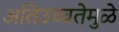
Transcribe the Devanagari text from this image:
अतिउच्चतेमुळे